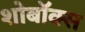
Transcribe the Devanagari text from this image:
शोबॉक्स